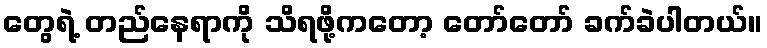
တွေရဲ့ တည်နေရာကို သိရဖို့ကတော့ တော်တော် ခက်ခဲပါတယ်။